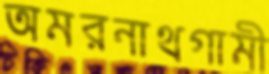
অমরনাথগামী